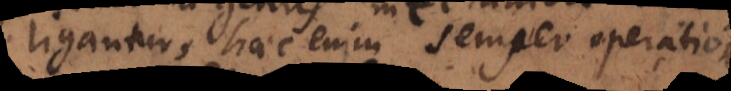
ligantur, haec enim semper operationem